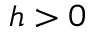
h > 0